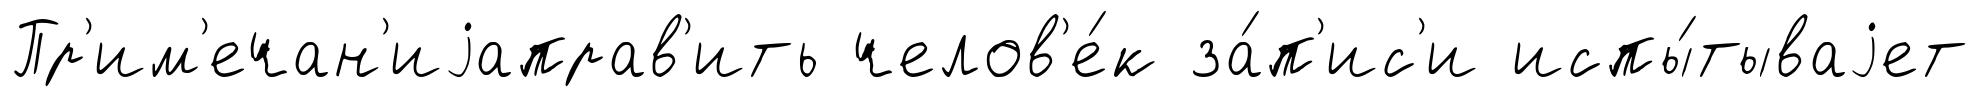
Пр'им'ечан'иjаправ'ить челов'е́к за́п'ис'и испы́тываjет